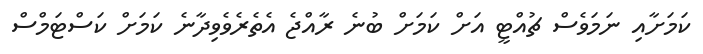
ކަމަށާއި ނަމަވެސް ޗުއްޓީ އަށް ކަމަށް ބުނެ ރާއްޖެ އެތެރެވެވިދާނެ ކަމަށް ކަސްޓަމްސް